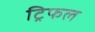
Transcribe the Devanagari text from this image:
ट्रिफल